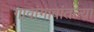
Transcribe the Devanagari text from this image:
गावांगावांतल्या